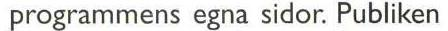
programmens egna sidor. Publiken